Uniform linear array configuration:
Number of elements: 8
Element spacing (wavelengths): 0.5
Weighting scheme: kaiser
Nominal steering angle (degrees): -30
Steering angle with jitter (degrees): -29.031
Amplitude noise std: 0.05
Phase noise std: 0.05

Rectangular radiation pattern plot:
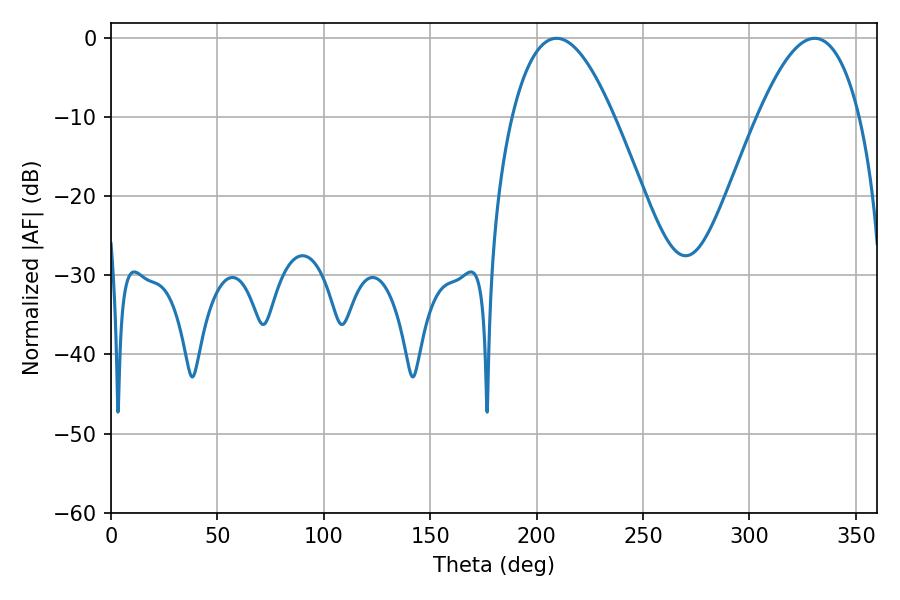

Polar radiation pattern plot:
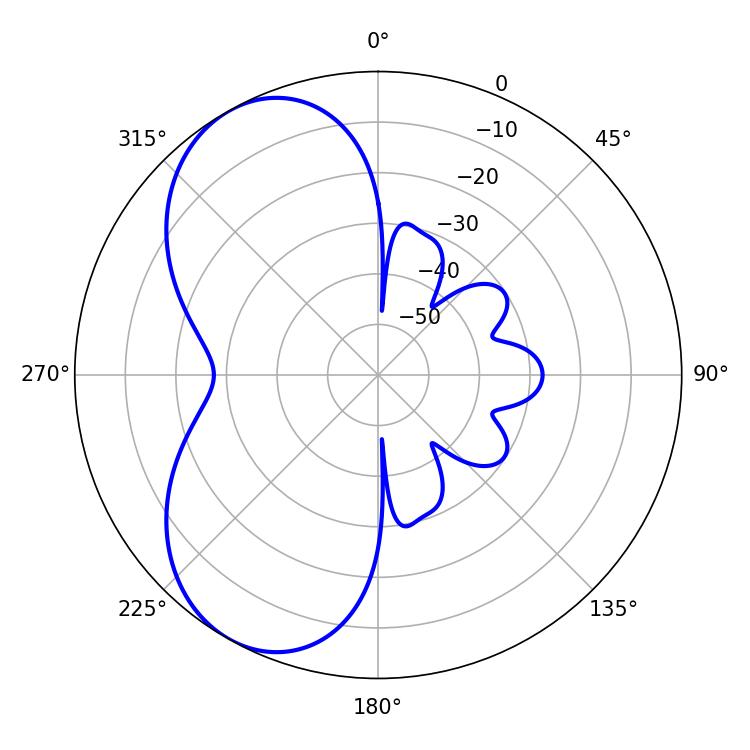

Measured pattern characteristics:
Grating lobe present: FALSE
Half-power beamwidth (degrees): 26.28
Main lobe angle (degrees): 209.34